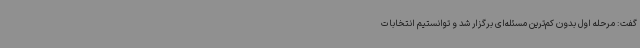
گفت: مرحله اول بدون کم‌ترین مسئله‌ای برگزار شد و توانستیم انتخابات